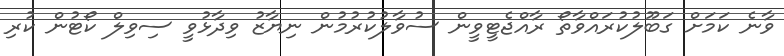
ވާނެ ކަމަށް ގަބޫލުކުރައްވާތޯ ރާއްޖެޓީވީން ސުވާލުކުރުމުން ނިޔާޒު ވިދާޅުވީ ސިވިލް ކޯޓުން ކުރި